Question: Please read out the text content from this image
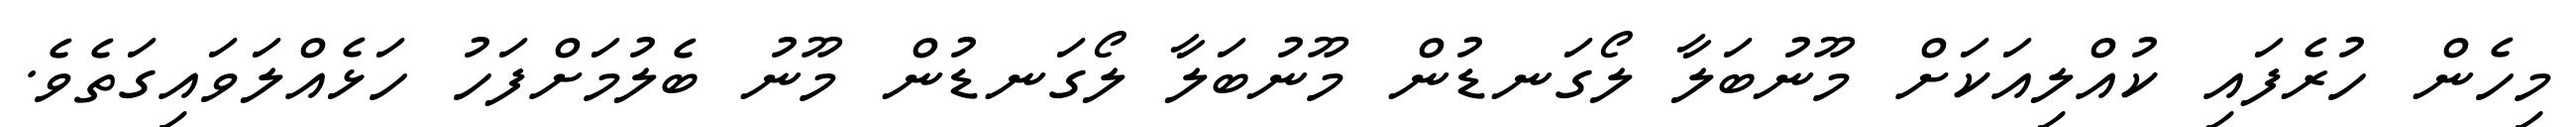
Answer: މިހެން ހުރެފައި ކުއްލިއަކަށް މޫނުބަލާ ލޯގަނޑުން މޫނުބަލާ ލޯގަނޑުން މޫނު ބެލުމަށްފަހު ހަޅެއްލަވައިގަތެވެ.